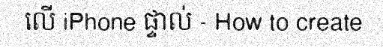
លើ iPhone ផ្ទាល់ - How to create